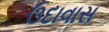
ઉદાવાસ